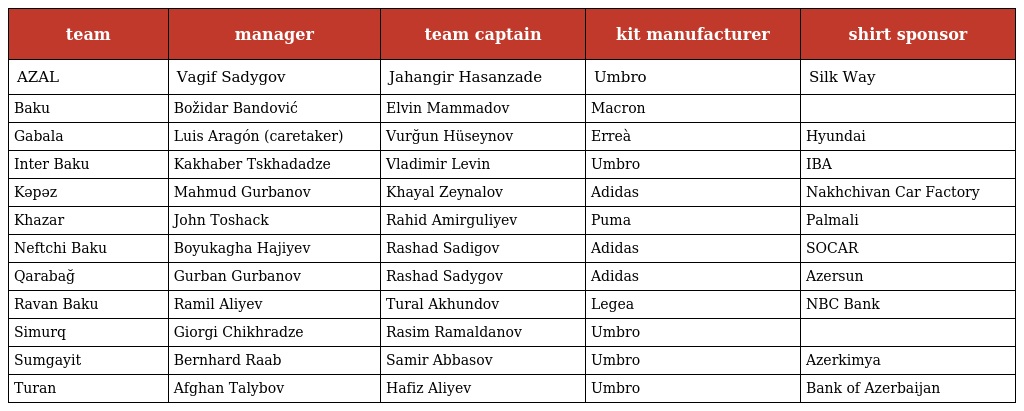
| team | manager | team captain | kit manufacturer | shirt sponsor |
 | --- | --- | --- | --- | --- |
 | AZAL | Vagif Sadygov | Jahangir Hasanzade | Umbro | Silk Way |
 | Baku | Božidar Bandović | Elvin Mammadov | Macron |  |
 | Gabala | Luis Aragón (caretaker) | Vurğun Hüseynov | Erreà | Hyundai |
 | Inter Baku | Kakhaber Tskhadadze | Vladimir Levin | Umbro | IBA |
 | Kəpəz | Mahmud Gurbanov | Khayal Zeynalov | Adidas | Nakhchivan Car Factory |
 | Khazar | John Toshack | Rahid Amirguliyev | Puma | Palmali |
 | Neftchi Baku | Boyukagha Hajiyev | Rashad Sadigov | Adidas | SOCAR |
 | Qarabağ | Gurban Gurbanov | Rashad Sadygov | Adidas | Azersun |
 | Ravan Baku | Ramil Aliyev | Tural Akhundov | Legea | NBC Bank |
 | Simurq | Giorgi Chikhradze | Rasim Ramaldanov | Umbro |  |
 | Sumgayit | Bernhard Raab | Samir Abbasov | Umbro | Azerkimya |
 | Turan | Afghan Talybov | Hafiz Aliyev | Umbro | Bank of Azerbaijan |